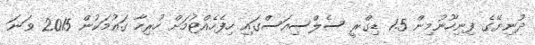
ދުނިޔޭގެ ފިނިހޫނުމިން 1.5 ޑިގްރީ ސެލްސިއަސްގައި ހިފެހެއްޓުމަށް ހުރިހާ ގައުމަކުން 2015 ވަނަ